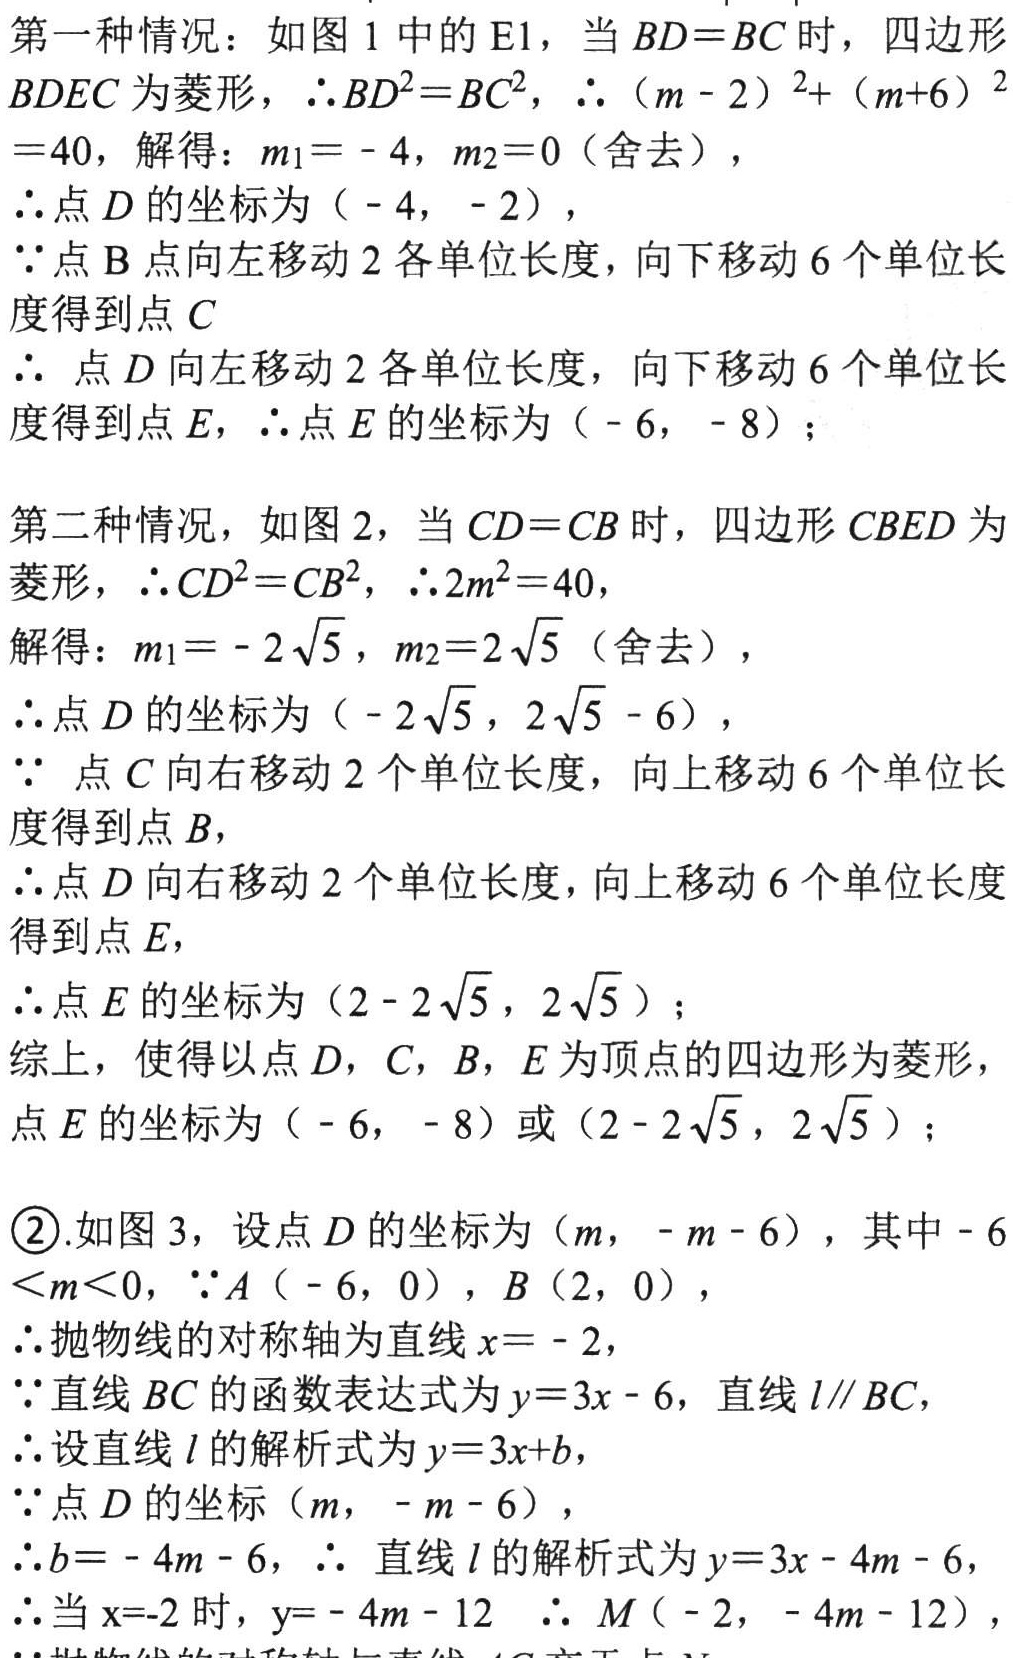
第一种情况：如图1中的E1，当\(BD = BC\)时，四边形\(BDEC\)为菱形，\(\therefore BD^{2}=BC^{2}\)，\(\therefore (m - 2)^{2}+(m + 6)^{2}=40\)，解得：\(m_{1}=-4\)，\(m_{2}=0\)（舍去），
\(\therefore\)点\(D\)的坐标为\((-4,-2)\)，
\(\because\)点\(B\)点向左移动\(2\)各单位长度，向下移动\(6\)个单位长度得到点\(C\)
\(\therefore\) 点\(D\)向左移动\(2\)各单位长度，向下移动\(6\)个单位长度得到点\(E\)，\(\therefore\)点\(E\)的坐标为\((-6,-8)\)；
第二种情况，如图2，当\(CD = CB\)时，四边形\(CBED\)为菱形，\(\therefore CD^{2}=CB^{2}\)，\(\therefore 2m^{2}=40\)，
解得：\(m_{1}=-2\sqrt{5}\)，\(m_{2}=2\sqrt{5}\)（舍去），
\(\therefore\)点\(D\)的坐标为\((-2\sqrt{5},2\sqrt{5}-6)\)，
\(\because\) 点\(C\)向右移动\(2\)个单位长度，向上移动\(6\)个单位长度得到点\(B\)，
\(\therefore\)点\(D\)向右移动\(2\)个单位长度，向上移动\(6\)个单位长度得到点\(E\)，
\(\therefore\)点\(E\)的坐标为\((2 - 2\sqrt{5},2\sqrt{5})\)；
综上，使得以点\(D\)，\(C\)，\(B\)，\(E\)为顶点的四边形为菱形，点\(E\)的坐标为\((-6,-8)\)或\((2 - 2\sqrt{5},2\sqrt{5})\)；
\textcircled{2}.如图3，设点\(D\)的坐标为\((m,-m - 6)\)，其中\(-6<m<0\)，\(\because A(-6,0)\)，\(B(2,0)\)，
\(\therefore\)抛物线的对称轴为直线\(x = - 2\)，
\(\because\)直线\(BC\)的函数表达式为\(y = 3x - 6\)，直线\(l\parallel BC\)，
\(\therefore\)设直线\(l\)的解析式为\(y = 3x + b\)，
\(\because\)点\(D\)的坐标\((m,-m - 6)\)，
\(\therefore b=-4m - 6\)，\(\therefore\) 直线\(l\)的解析式为\(y = 3x - 4m - 6\)，
\(\therefore\)当\(x = - 2\)时，\(y=-4m - 12\) \(\therefore M(-2,-4m - 12)\)，